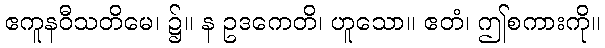
ဧကူနဝီသတိမေ၊ ၌။ န ဥဒကေတိ၊ ဟူသော။ ဧတံ၊ ဤစကားကို။